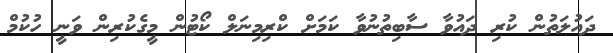
ދައުލަތުން ކުރި ދައުވާ ސާބިތުނުވާ ކަމަށް ކްރިމިނަލް ކޯޓުން މީގެކުރިން ވަނީ ހުކުމް